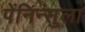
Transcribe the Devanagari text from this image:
पेंनिन्सुला